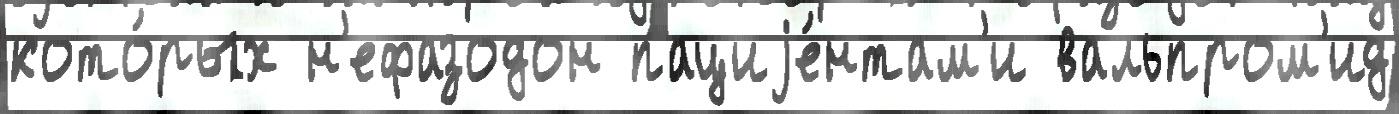
кото́рых н'ефазодон пациjе́нтам'и вальпром'ид